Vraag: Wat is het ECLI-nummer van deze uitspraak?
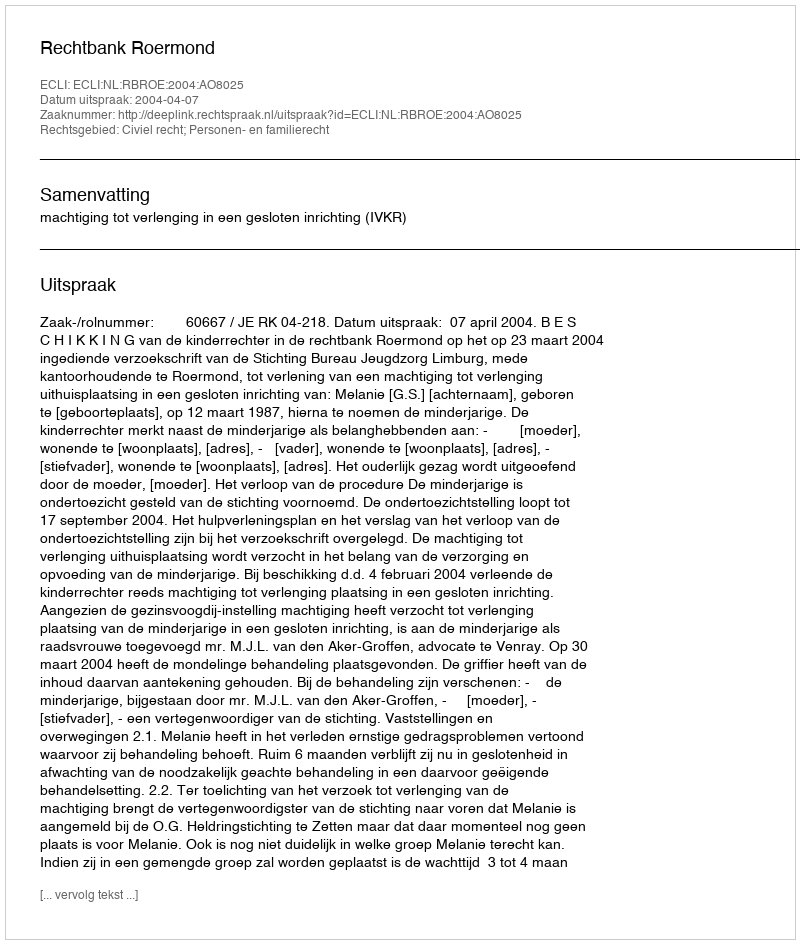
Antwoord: ECLI:NL:RBROE:2004:AO8025